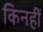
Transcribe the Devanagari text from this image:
किनहीं